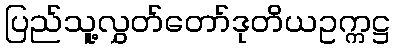
ပြည်သူ့လွှတ်တော်ဒုတိယဥက္ကဋ္ဌ